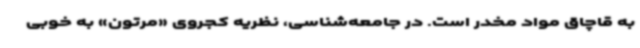
به قاچاق مواد مخدر است. در جامعه‌شناسی، نظریه کجروی «مرتون» به خوبی